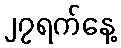
၂၇ရက်နေ့